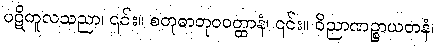
ပဋိကူလသညာ၊ ၎င်း။ စတုဓာတုဝဝတ္ထာနံ၊ ၎င်း။ ဝိညာဏဉ္စာယတနံ၊